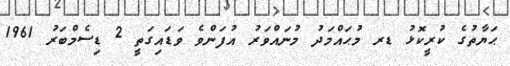
ޙަޔާތުގެ ކުރީކޮޅު ޑރ މުޙައްމަދު މުނައްވަރު އުފަންވެ ވަޑައިގަތީ 2 ޑިސެމްބަރު 1961